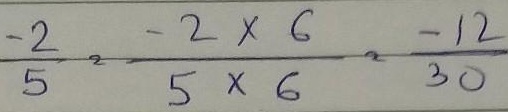
\(\frac{-2}{5}=\frac{-2\times6}{5\times6}=\frac{-12}{30}\)